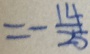
= - \frac { 1 4 } { 2 5 }